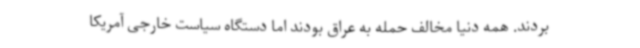
بردند. همه دنیا مخالف حمله به عراق بودند اما دستگاه سیاست خارجی آمریکا